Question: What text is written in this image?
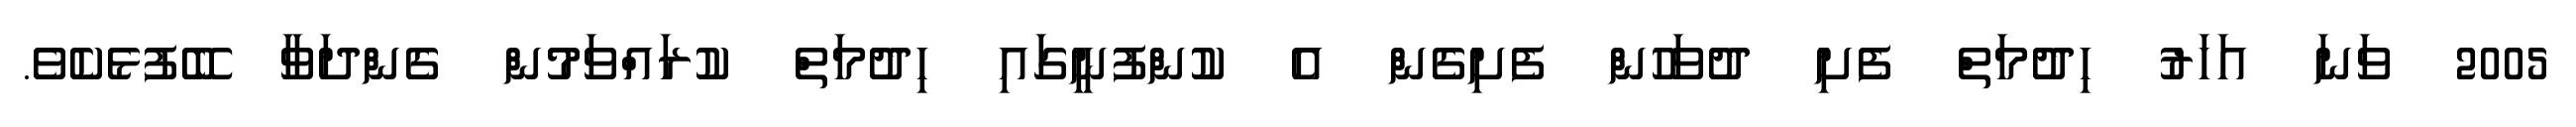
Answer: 2005 ވަނަ އަހަރު ހިދުމަތް ފެށި ދުވަހުން ފެށިގެން އެ ކުންފުނީގައި ހިދުމަތް ކުރައްވަމުން ގެންދަވާ ބޭފުޅެކެވެ.